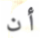
أن